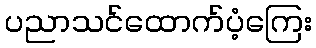
ပညာသင်ထောက်ပံ့ကြေး